Vital statistics of India. Vol. V, Reports of 1876 on armies & jails and on epidemic cholera
Year: 1876
Disease focus: Cholera
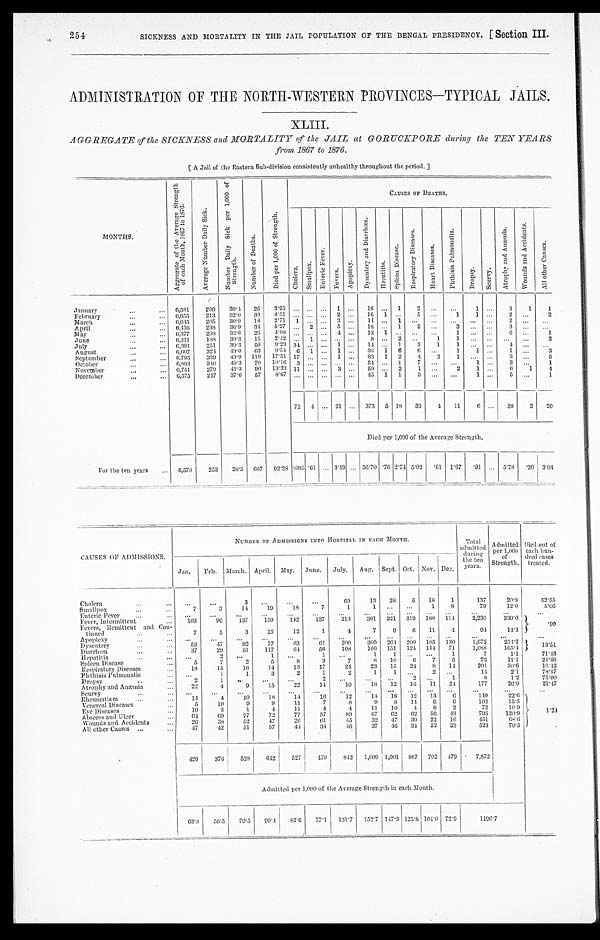
2 5 4
SICKNESS AND MORTALITY IN THE JAIL POPULATION OF THE BENGAL PRESIDENCY. [Section III.
ADMINISTRATION OF THE NORTH-WESTERN PROVINCES—TYPICAL JAILS.
XLIII.
AGGREGATE of the SICKNESS and MORTALITY of t h e J A I L a t G O R U C K P O R E d u r i n g t h e T E N Y E A R S
from 1867 to 1876.
[A Jail of the Eastern Sub-division consistently unhealthy throughout the period.]
MONTHS.
A g g r e g a t e o f t h e A v e r a g e S t r e n g t h o f e a c h M o n t h , 1 8 6 7 t o 1 8 7 6 .
A v e r a g e N u m b e r D a i l y S i c k .
N u m b e r D a i l y S i c k p e r 1 , 0 0 0 o f S t r e n g t h .
N u m b e r o f D e a t h s .
D i e d p e r 1 , 0 0 0 o f S t r e n g t h .
C A U S E S O F D E A T H S .
C h o l e r a .
S m a l l p o x
E n t e r i c F e v e r .
F e v e r s .
A p o p l e x y .
D y s e n t e r y a n d D i a r r h œ a .
H e p a t i t i s . S p l e e n D i s e a s e . R e s p i r a t o r y D i s e a s e s .
H e a r t D i s e a s e s .
P h t h i s i s P u l m o n a l i s .
D r o p s y .
S c u r v y .
A t r o p h y a n d A n æ m i a .
W o u n d s a n d A c c i d e n t s . A l l o t h e r C a u s e s .
January
6, 581 200 30.4 26 3.95
1
16
1 2
1
3 1 1
February
6,655 213 32.0 30 4.51
2
16 1
5
1 1
2
2
March
6,645 205 30.9 18 2.71 1
3
11
1
2
April
6,456 238 36.9 34 5.27
2
5
18
1 2
3
3
May
6,377 208 32.6 26 4.08
4
13 1
1
6
1
June
6, 211 188 30.3 15 2.42
1
8
2
1 1
2
July
6,391 251 39.3 59 9.23 34
1
1 4
1 3 1
1
4
August
6, 607 324 49.0 6 3
9 . 5 4 6 1
1
36 1 6
6
1
1
1
3
September
6. 795 339
4 9 . 9 119 17.51 17
1
83 1 2 4
2
1
3
5
October
6,893 340
4 9 . 3 70 10.16 3
5 4 1 7
1
3
1
November
6,751 279
4 1 . 3 90 13.33 1 1
3
59
2 1
2 1
6 1
4
December
6,575 247 37.6 5 7 8.67
45 1 1 3
1
5
1
72 4
21
373 5 18 33 4 11 6
38 2 20
Died per 1, 000 oft h e A v e r a g e S t r e n g t h .
For the ten years
6,578 253 38.5 607 92.28 1095 .61
3.19 56.70 .76 2.74 5.02 . 6 1 1.67 .91
5.78 . 3 0 3. 04
CAUSES OF ADMISSIONS.
NUMBER OP ADMISSIONS INTO HOSPITAL IN EACH MONTH.
Tot al
admitted
during t he t en year s
Admitted
per 1 ,000
of
Strength.
Died out of
each hun-
dred cases
treated.
Jan. Feb. March. April. May. June. July. Aug. Sept. Oct. Nov. Dec.
Cholera
3
69
13 28 5 18 1
137
20.8
5 2 . 5 5
Smallpox
7
3
14 19
18
7
1
1
1
8
79
12.0
5 . 0 6
Enteric Fever
Fever, Intermittent
103
96 137 159 1 4 2
137 213 301 321 319 188 1 1 4
2,230 3 3 9 . 0
Fevers, Remittent and Con-
tinued.
.90
7
5
3
25
12
1
4
7
9 6 11 4
94 14.3
Apoplexy Dysentery
5 3 47
92
77
63
6 1 200 360 264 200 185 130 1,672 254.2
1 3 . 5 1
Diarrhœa
37
29 51 117
6 4 56 108 106 151 124 114 71 1,088 165.4
Hepat i t i s
2
1
1
1 1
1
7
1.1
71. 43
Spleen Disease
5
7
2
5
8
3
7
8 10 6 7 5
73
11.1
24. 66
Respiratory Diseases 18
15
10
14
13
17
24 23 15 24
8 14
201
36.6
1 6 . 4 2
Ph thisis Pulmonalis
1
1
3
2
1
2
1
1
2
14
2.1
7 8 . 5 7
Dropsy
2
1
2
2
1
8
1.2
75. 00
Atrophy and Anæmia
2 2
4
9
15
22
14 10
18 12 16 11 24
177
26.9
2 1 . 4 7
Scurvy
Rheumatism
14
4
10
18 14 16
12
14 16 12 13 6
1 4 9
22.6
Venereal Diseases
5
10
9
9
11
7
8
9
8 14 6 6
102
15.5
Eye Diseases
10
3
1
4
11
4
4
11 10 4 8 2
72
10.9
1 . 2 4
A b s c e s s a n d U l c e r
6 4 69
77
72
77
57 89
67 62 62 56 43
795 120.9
Wounds and Accidents 26
38
52
47
26 61
4 5 32 47 39 22 16
451
6 8 . 6
All other Causes
47
42
51
57
44
34
46 37 46 34 52 33
523
79.5
420 376 528 642 527 479 842 1,009 1,001 867 702 479 7,872
Admitted per 1,000 of the Average Strength i n
e a c h M o n t h .
63.8 56.5 70.5
99.4 82.6 77.1 131.7 152.7 147.3 125.8 104.0 72.9 1196. 7